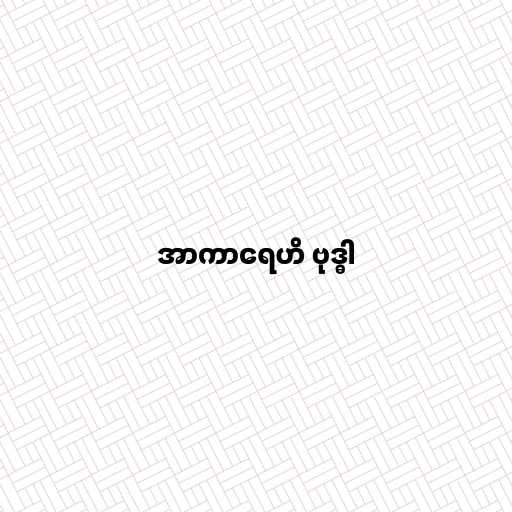
အာကာရေဟိ ဗုဒ္ဓါ